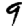
Digit: 9